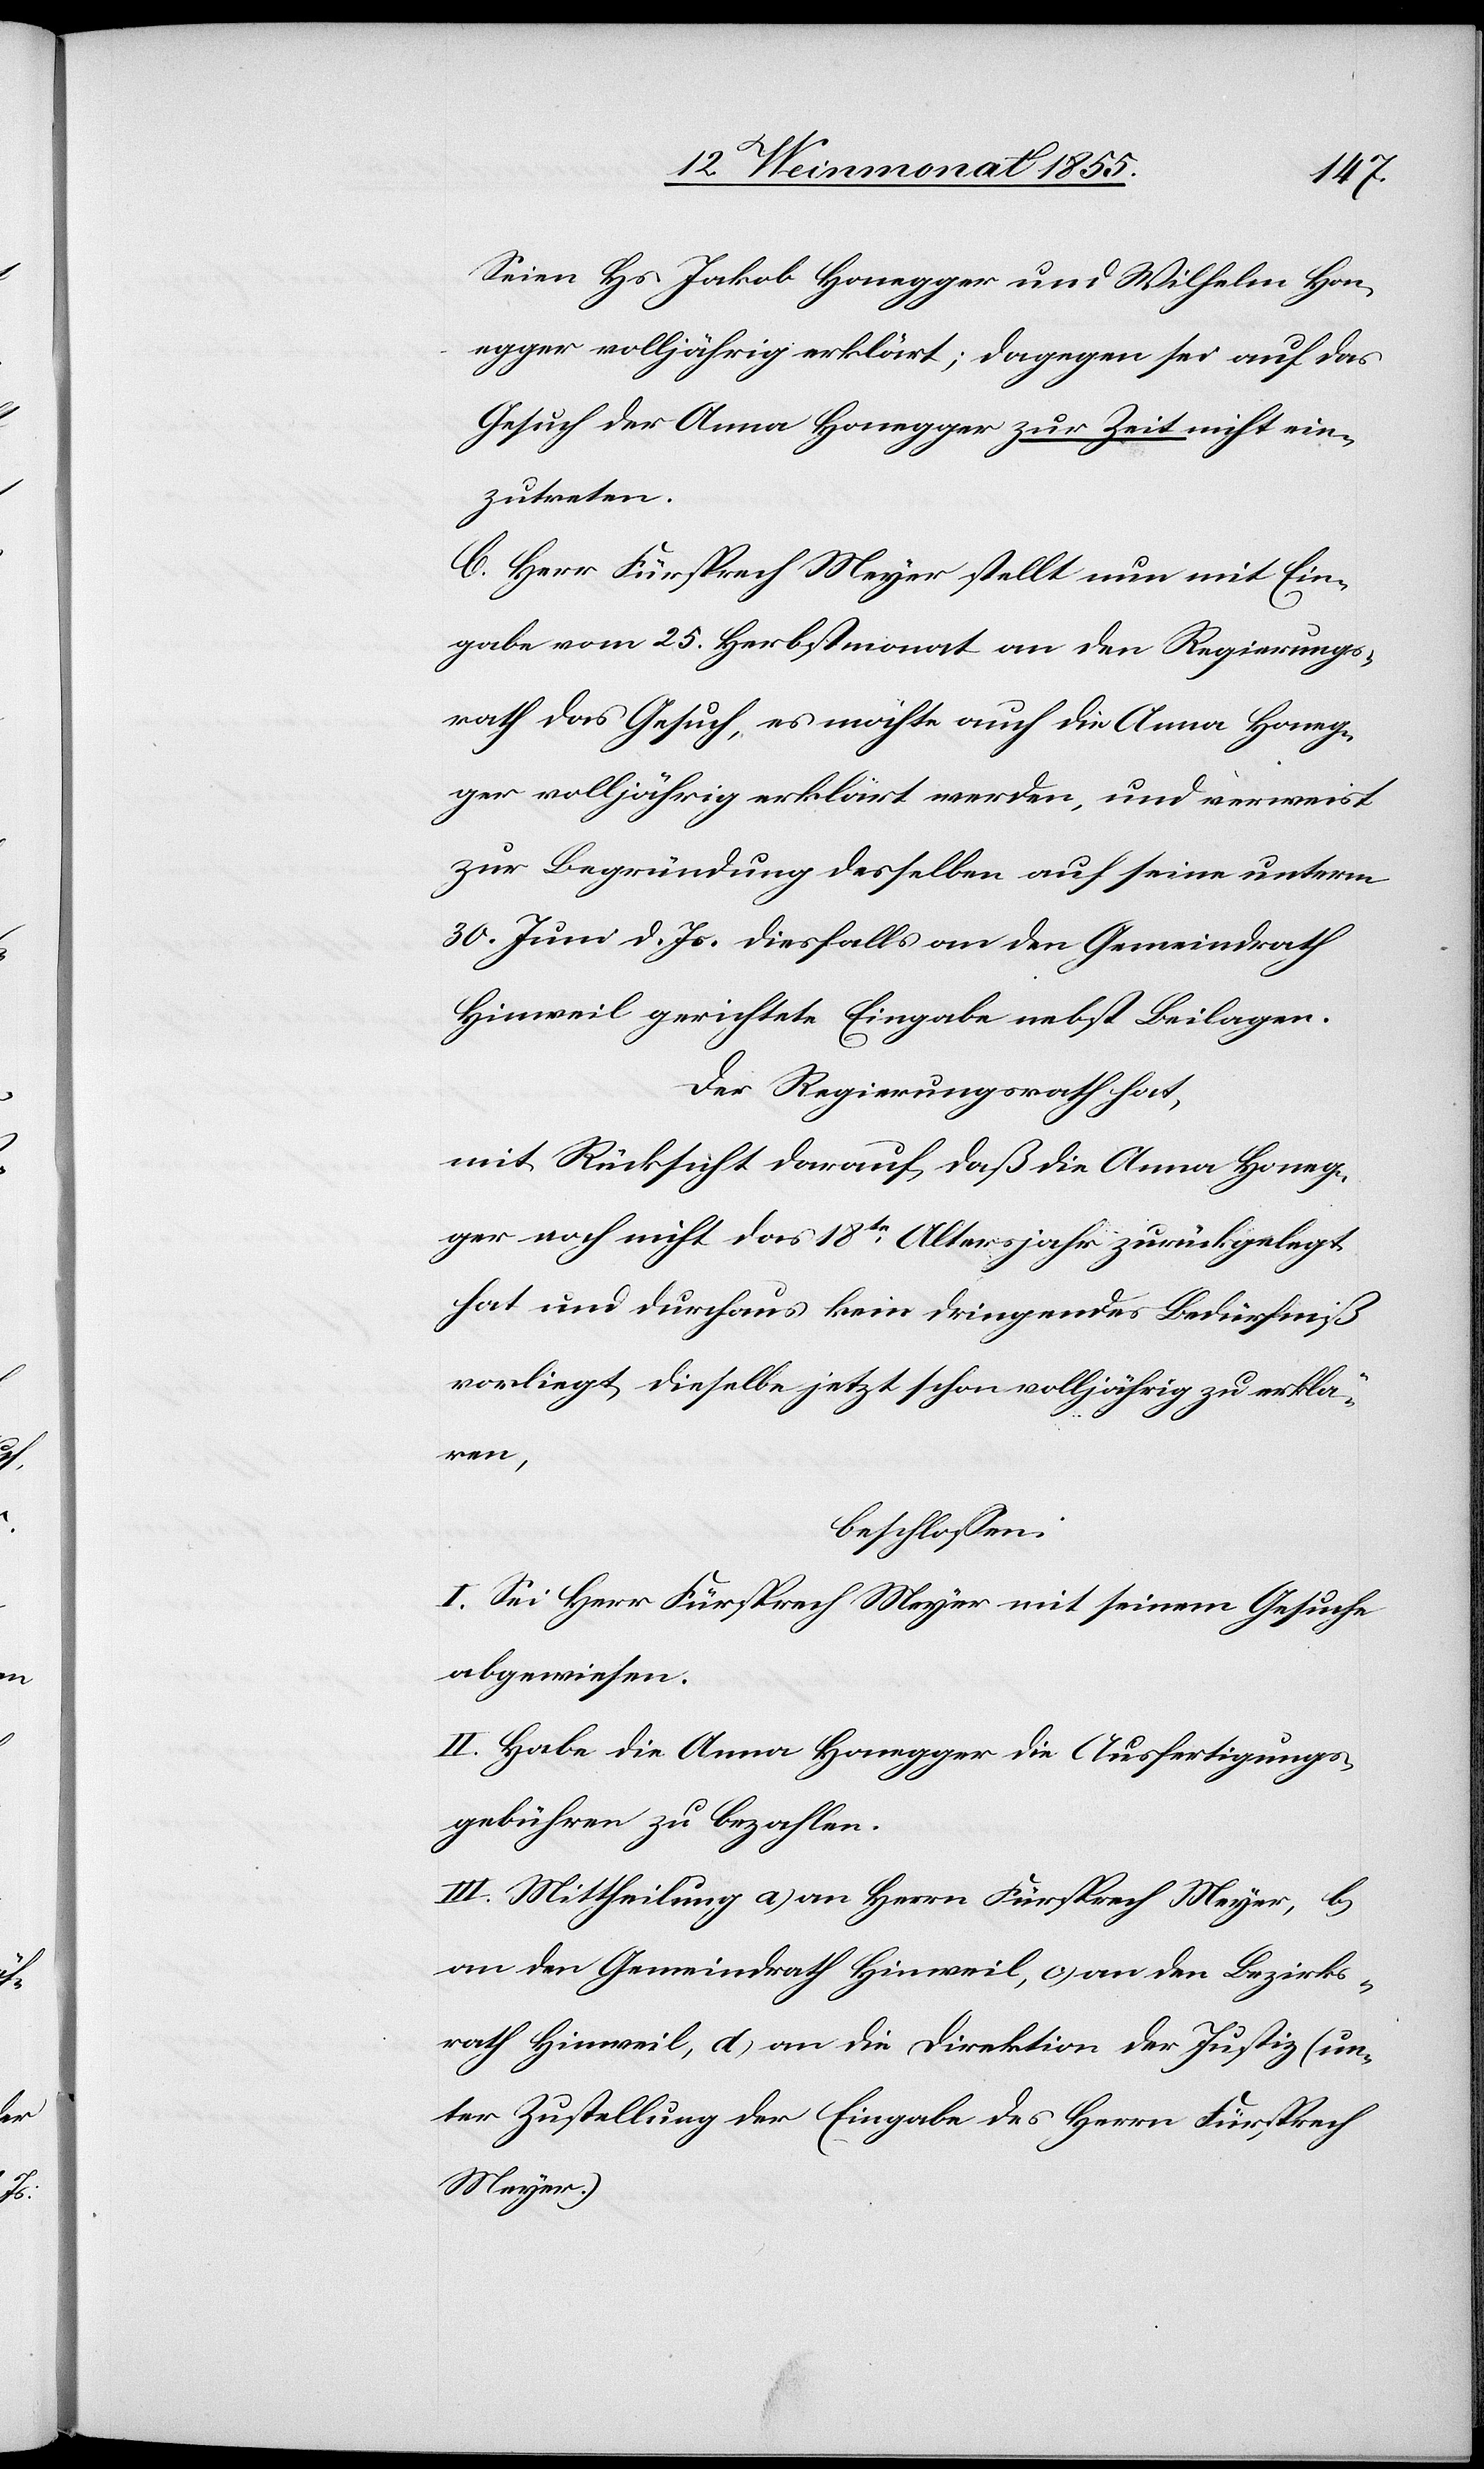
Seien Hs. Jakob Honegger und Wilhelm Hon¬
egger volljährig erklärt; dagegen sei auf das
Gesuch der Anna Honegger zur Zeit nicht ein¬
zutreten.
C. Herr Fürsprech Meyer stellt nun mit Ein¬
gabe vom 25. Herbstmonat an den Regierungs¬
rath das Gesuch, es möchte auch die Anna Honeg¬
ger volljährig erklärt werden, und verweist
zur Begründung desselben auf seine unterm
30. Juni d. Js. diesfalls an den Gemeindrath
Hinweil gerichtete Eingabe nebst Beilagen.
Der Regierungsrath hat,
mit Rücksicht darauf, daß die Anna Honeg¬
ger noch nicht das 18te Altersjahr zurückgelegt
hat und durchaus kein dringendes Bedürfniß
vorliegt, dieselbe jetzt schon volljährig zu erklä¬
ren,
beschlossen:
I. Sei Herr Fürsprech Meyer mit seinem Gesuche
abgewiesen.
II. Habe die Anna Honegger die Ausfertigungs¬
gebühren zu bezahlen.
III. Mittheilung a) an Herrn Fürsprech Meyer, b)
an den Gemeindrath Hinweil, c) an den Bezirks¬
rath Hinweil, d) an die Direktion der Justiz (un¬
ter Zustellung der Eingabe des Herrn Fürsprech
Meyer.)